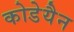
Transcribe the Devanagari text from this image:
कोडेयैन